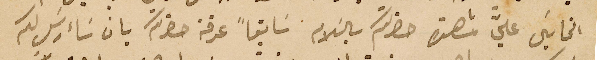
الخايسَ عليَّ مشاهدة حضرتكم بالسَلام سَابقاً عرفة حضرتكم بان سَاءرسَل لكم